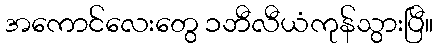
အကောင်လေးတွေ ၁ဘီလီယံကုန်သွားပြီ။